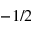
- 1 / 2